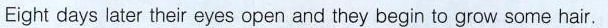
Eight days later their eyes open and they begin to grow some hair .